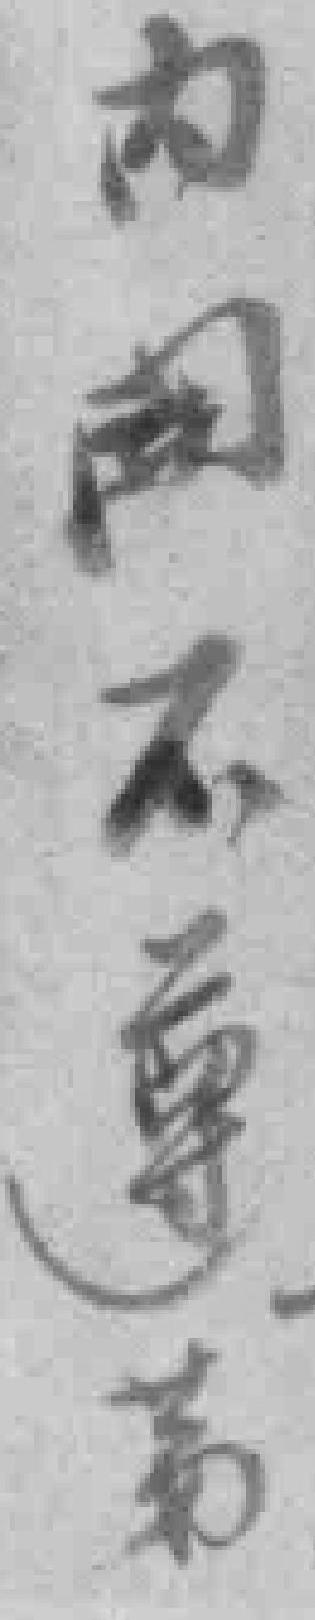
内開不遵苐